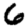
Digit: 6